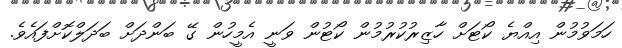
ހަމަވުމުން އިއްޔެ ކޯޓަށް ހާޒިރުކުރުމުން ކޯޓުން ވަނީ އެމީހުން ގޭ ބަންދަށް ބަދަލްކޮށްފައެވެ.